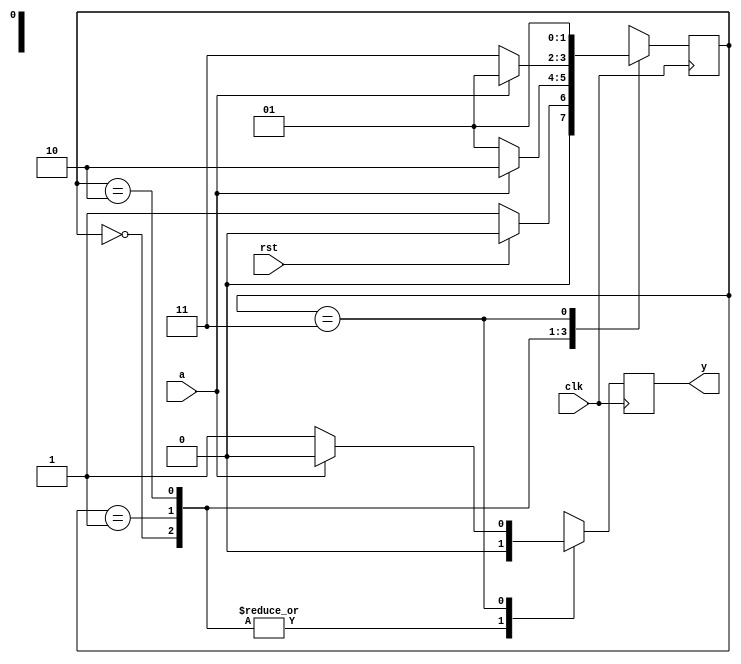
module seqdec(input a,clk,rst, output reg y);
	parameter idle = 0 ;
	parameter s0 = 1;
	parameter s1 = 2; 
	parameter s2 = 3; 
	reg[1:0]state = idle;
	
	always@(posedge clk)
	  begin 
		case(state)
		
		idle:
		if(rst)
		begin
		state = idle; 
		y <= 1'b0;
		end
		else
		begin 
		y <= 1'b0;
		state <= s0;
		end
		
		s0:
		if(a)
		begin 
		y <=1'b0;
		state<=s1;
		end
		else 
		begin 
		state<=s0;
		y<=1'b0;
		end
		
		
		s1: 
		if(a==1'b0)
		begin 
		y<=1'b0;
		state<= s2;
		end
		else 
		begin 
		state<=s0;
		y<=1'b0;
		end
		
		
		s2:
		if(a==1'b0)
		begin 
		y<=1'b1;
		state<=s0; 
		end
		else
		begin 
		y<=1'b0; 
		state<=s0;
		end
		
		
		endcase
	end
endmodule